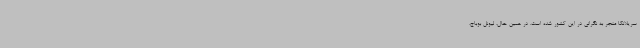
سریلانکا منجر به نگرانی در این کشور شده است. در همین حال، لیونل بوباج،